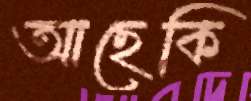
আছেকি